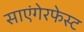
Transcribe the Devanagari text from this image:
साएंगेरफेस्ट